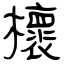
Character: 櫰